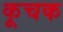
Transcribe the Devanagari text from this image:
कूचक